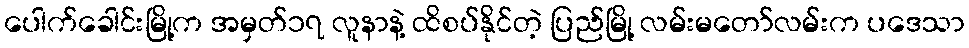
ပေါက်ခေါင်းမြို့က အမှတ်၁၇ လူနာနဲ့ ထိစပ်နိုင်တဲ့ ပြည်မြို့ လမ်းမတော်လမ်းက ပဒေသာ